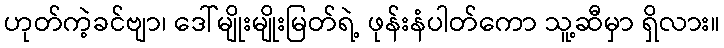
ဟုတ်ကဲ့ခင်ဗျာ၊ ဒေါ်မျိုးမျိုးမြတ်ရဲ့ ဖုန်းနံပါတ်ကော သူ့ဆီမှာ ရှိလား။